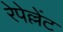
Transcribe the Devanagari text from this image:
रेपेल्लेंट